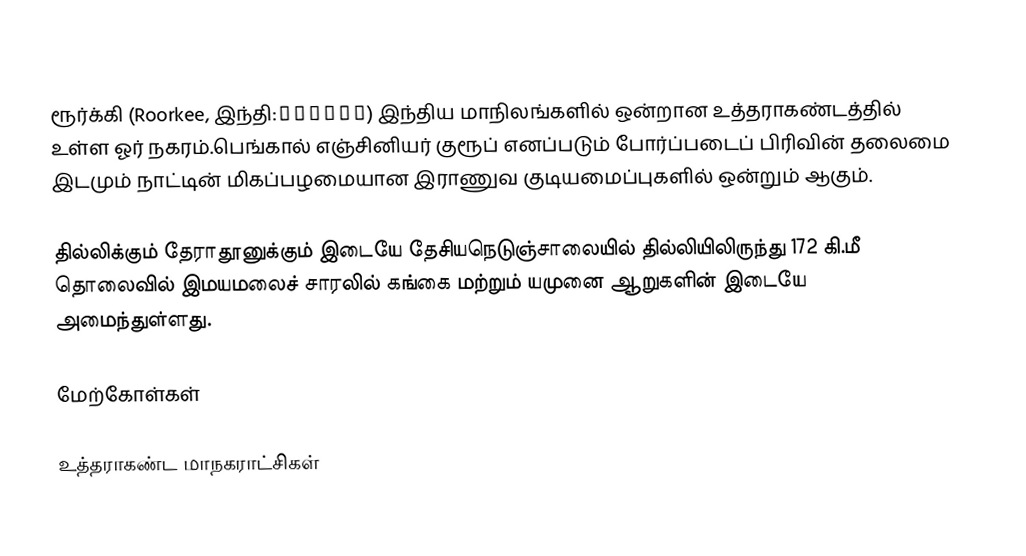
ரூர்க்கி (Roorkee, இந்தி:रुड़की) இந்திய மாநிலங்களில் ஒன்றான உத்தராகண்டத்தில் உள்ள ஓர் நகரம்.பெங்கால் எஞ்சினியர் குரூப் எனப்படும் போர்ப்படைப் பிரிவின் தலைமை இடமும் நாட்டின் மிகப்பழமையான இராணுவ குடியமைப்புகளில் ஒன்றும்  ஆகும்.

தில்லிக்கும் தேராதூனுக்கும் இடையே தேசியநெடுஞ்சாலையில் தில்லியிலிருந்து 172 கி.மீ தொலைவில் இமயமலைச் சாரலில் கங்கை மற்றும் யமுனை ஆறுகளின் இடையே அமைந்துள்ளது.

மேற்கோள்கள்

உத்தராகண்ட மாநகராட்சிகள்